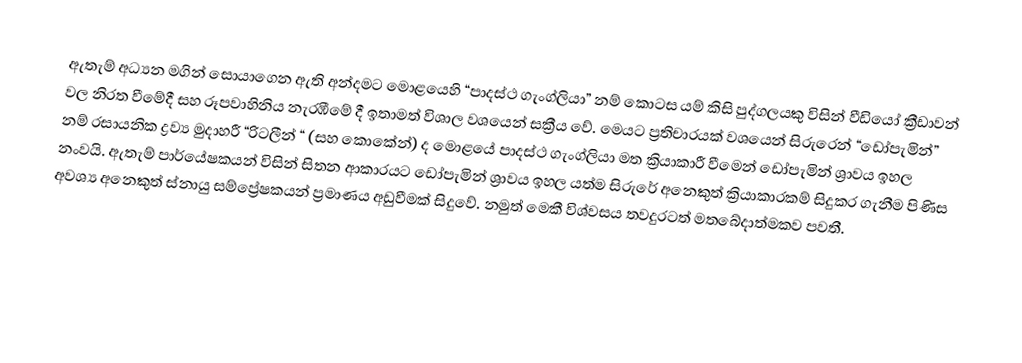
ඇතැම් අධ්‍යන මගින් සොයාගෙන ඇති අන්දමට මොළයෙහි “පාදස්ථ ගැංග්ලියා” නම් කොටස යම් කිසි පුද්ගලයකු විසින් වීඩියෝ ක්‍රීඩාවන් වල නිරත වීමේදී සහ රූපවාහිනිය නැරඹීමේ දී ඉතාමත් විශාල වශයෙන් සක්‍රීය වේ. මෙයට ප්‍රතිචාරයක් වශයෙන් සිරුරෙන් “ඩෝපැමින්” නම් රසායනික ද්‍රව්‍ය මුදාහරී “රිටලීන් “ (සහ කොකේන්) ද මොළයේ පාදස්ථ ගැංග්ලියා මත ක්‍රියාකාරී වීමෙන් ඩෝපැමින් ශ්‍රාවය ඉහල නංවයි. ඇතැම් පාර්යේෂකයන් විසින් සිතන ආකාරයට ඩෝපැමින් ශ්‍රාවය ඉහල යත්ම සිරුරේ අනෙකුත් ක්‍රියාකාරකම් සිදුකර ගැනීම පිණිස අවශ්‍ය අනෙකුත් ස්නායු සම්ප්‍රේෂකයන් ප්‍රමාණය අඩුවීමක් සිදුවේ. නමුත් මෙකී විශ්වසය තවදුරටත් මතබේදාත්මකව පවතී.